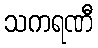
သကရဏီ